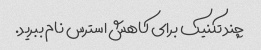
چند تکنیک برای کاهش استرس نام ببرید.